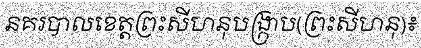
នគរបាលខេត្តព្រះសីហនុបង្ក្រាប(ព្រះសីហនុ)៖